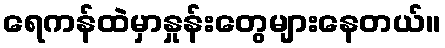
ရေကန်ထဲမှာနှုန်းတွေများနေတယ်။